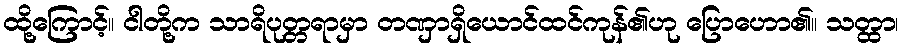
ထို့ကြောင့်။ ငါတို့က သာရိပုတ္တရာမှာ တဏှာရှိယောင်ထင်ကုန်၏ဟု ပြောဟော၏။ သတ္ထာ၊